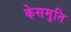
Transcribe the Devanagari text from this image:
केसमुति